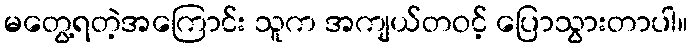
မတွေ့ရတဲ့အကြောင်း သူက အကျယ်တဝင့် ပြောသွားတာပါ။